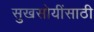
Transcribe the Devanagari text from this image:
सुखसोयींसाठी